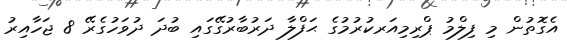
އެގޮތުން މި ފިލްމު ޕްރިމިއަރކުރުމުގެ ޙަފްލާ ދަރުބާރުގޭގައި ބުދަ ދުވަހުގެރޭ 8 ޖަހާއިރު